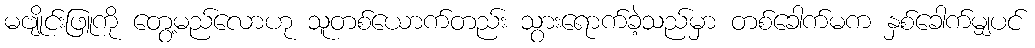
မဗျိုင်းဖြူကို တွေ့မည်လောဟု သူတစ်ယောက်တည်း သွားရောက်ခဲ့သည်မှာ တစ်ခေါက်မက နှစ်ခေါက်မျှပင်